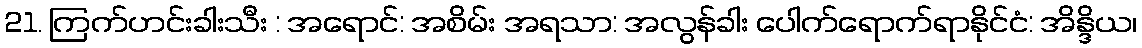
21. ကြက်ဟင်းခါးသီး : အရောင်: အစိမ်း အရသာ: အလွန်ခါး ပေါက်ရောက်ရာနိုင်ငံ: အိန္ဒိယ၊